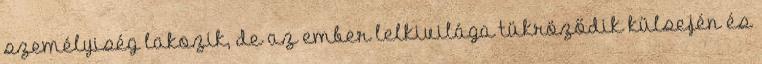
személyiség lakozik, de az ember lelkivilága tükröződik külsején és